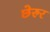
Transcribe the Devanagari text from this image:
छेरुर